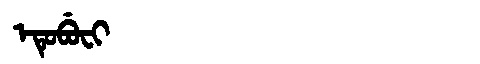
Manchu: ᡝᡨᡠᠪᡠᠸᡳ
Romanization: ETUBUFI